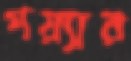
গয়্যার